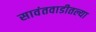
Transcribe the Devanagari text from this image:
सावंतवाडीतल्या